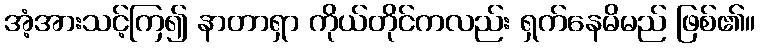
အံ့အားသင့်ကြ၍ နာတာရှာ ကိုယ်တိုင်ကလည်း ရှက်နေမိမည် ဖြစ်၏။